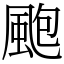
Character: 颮